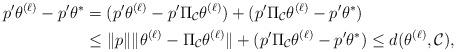
LaTeX: \begin{align*} p'\theta^{(\ell)}-p'\theta^*&= (p'\theta^{(\ell)}-p'\Pi_{\mathcal C}\theta^{(\ell)})+(p'\Pi_{\mathcal C}\theta^{(\ell)}-p'\theta^*)\\&\le \|p\|\|\theta^{(\ell)}-\Pi_{\mathcal C}\theta^{(\ell)}\|+(p'\Pi_{\mathcal C}\theta^{(\ell)}-p'\theta^*)\le d(\theta^{(\ell)},\mathcal C),\end{align*}